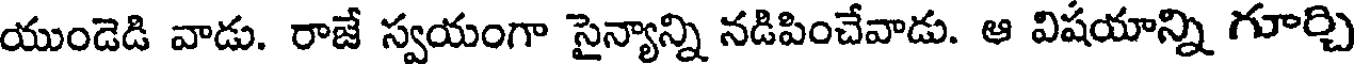
యుండెడి వాడు. రాజే స్వయంగా సైన్యాన్ని నడిపించేవాడు. ఆ విషయాన్ని గూర్చి